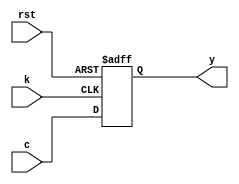
module clb_ia(
	input c,
	input k,
	input rst,
	output y
);

	wire f;
	reg q;
	
	assign f = c | c;
	
	always @(posedge k, negedge rst) begin
		if (rst == 1'b0) begin
			q <= 1'b0;
		end else begin
			q <= f;
		end
	end
	
	assign y = q;
	
endmodule